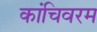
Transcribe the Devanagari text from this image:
कांचिवरम